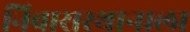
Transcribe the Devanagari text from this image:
निवासस्थानाला